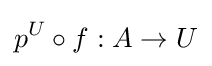
p^{U}\circ f:A\to U